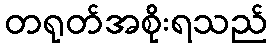
တရုတ်အစိုးရသည်